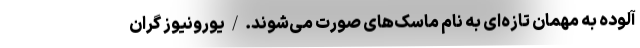
آلوده به مهمان تازه‌ای به نام ماسک‌های صورت می‌شوند./یورونیوز گران